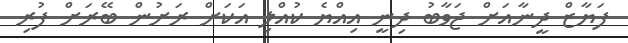
ފަޔާޒް ދީނާއަށް ޖަވާބު ދިނީ އިއްޔެ ކުއްލި އަކަށް ރަށުން ބޭރަށް ފުރި